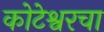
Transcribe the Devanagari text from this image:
कोटेश्वरचा